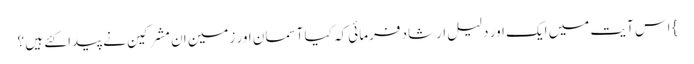
} اس آیت میں ایک اور دلیل ارشاد فرمائی کہ کیا آسمان اور زمین ان مشرکین نے پیدا کئے ہیں ؟